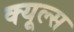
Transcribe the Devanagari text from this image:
क्‍यूल्‍स